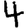
Digit: 4